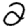
Digit: 2